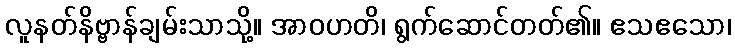
လူနတ်နိဗ္ဗာန်ချမ်းသာသို့။ အာဝဟတိ၊ ရွက်ဆောင်တတ်၏။ ဧသဧသော၊